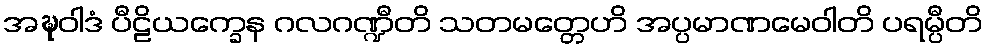
အဍ္ဎဝါဒံ ပီဠိယက္ခေန ဂလဂဏ္ဍီတိ သတမတ္တေဟိ အပ္ပမာဏမေဝါတိ ပရမ္ပီတိ